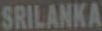
SRILANKA